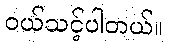
၀ယ်သင့်ပါတယ်။